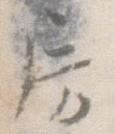
房